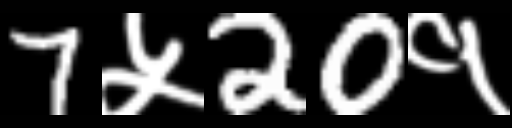
Text: 7५20१